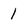
Character: I